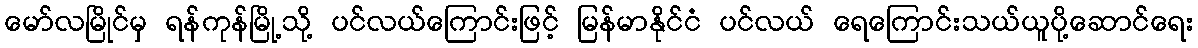
မော်လမြိုင်မှ ရန်ကုန်မြို့သို့ ပင်လယ်ကြောင်းဖြင့် မြန်မာနိုင်ငံ ပင်လယ် ရေကြောင်းသယ်ယူပို့ဆောင်ရေး